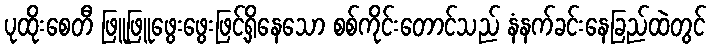
ပုထိုးစေတီ ဖြူဖြူဖွေးဖွေးဖြင့်ရှိနေသော စစ်ကိုင်းတောင်သည် နံနက်ခင်းနေခြည်ထဲတွင်